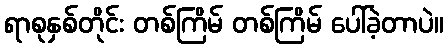
ရာစုနှစ်တိုင်း တစ်ကြိမ် တစ်ကြိမ် ပေါ်ခဲ့တာပဲ။